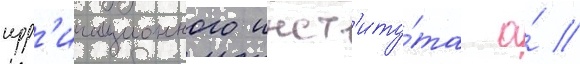
ирр'игационного инст'иту́та а́ //